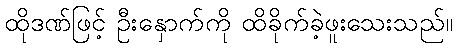
ထိုဒဏ်ဖြင့် ဦးနှောက်ကို ထိခိုက်ခဲ့ဖူးသေးသည်။